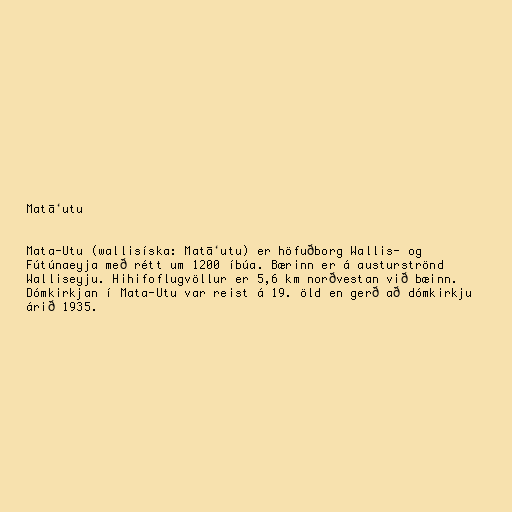
Matāʻutu

Mata-Utu (wallisíska: Matāʻutu) er höfuðborg Wallis- og
Fútúnaeyja með rétt um 1200 íbúa. Bærinn er á austurströnd
Walliseyju. Hihifoflugvöllur er 5,6 km norðvestan við bæinn.
Dómkirkjan í Mata-Utu var reist á 19. öld en gerð að dómkirkju
árið 1935.